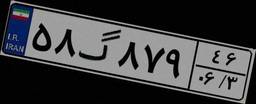
۴۲گ۱۴۱۳۰